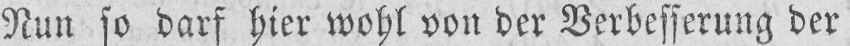
Nun so darf hier wohl von der Verbesserung der